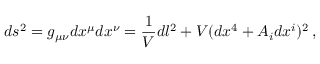
d s ^ { 2 } = g _ { \mu \nu } d x ^ { \mu } d x ^ { \nu } = \frac { 1 } { V } d l ^ { 2 } + V ( d x ^ { 4 } + A _ { i } d x ^ { i } ) ^ { 2 } \, ,